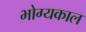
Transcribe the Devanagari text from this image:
भोग्यकाल